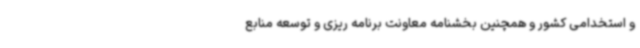
و استخدامی کشور و همچنین بخشنامه معاونت برنامه ریزی و توسعه منابع